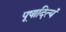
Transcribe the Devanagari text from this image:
पूषादित्यं